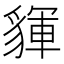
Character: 𧳰